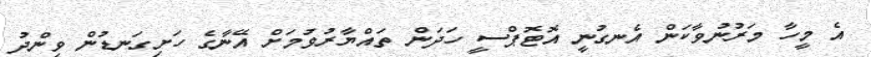
އެ މީހާ މަރުނުވާކަން އެނގުނީ އޮޓޮޕްސީ ހަދަން ތައްޔާރުވުމަށް އޭނާގެ ހަށިގަނޑުން ވިންދު